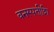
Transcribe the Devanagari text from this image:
वनस्पतीशि